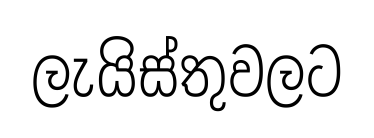
ලැයිස්තුවලට